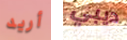
أريد ديبي